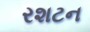
રશટન